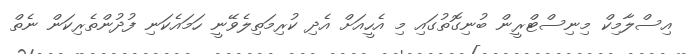
އިސްލާމިކް މިނިސްޓްރީން ބުނިގޮތުގައި މި އެހީއަށް އެދި ކުރިމަތިލެވޭނީ ހަމައެކަނި ފުދުންތެރިކަން ނެތް